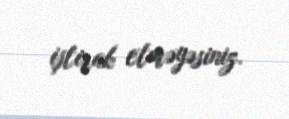
iştirak etməyəsiniz.